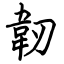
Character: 韌